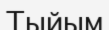
Тыйым